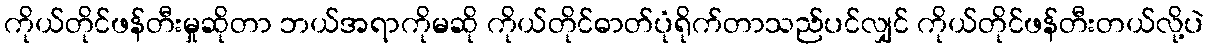
ကိုယ်တိုင်ဖန်တီးမှုဆိုတာ ဘယ်အရာကိုမဆို ကိုယ်တိုင်ဓာတ်ပုံရိုက်တာသည်ပင်လျှင် ကိုယ်တိုင်ဖန်တီးတယ်လို့ပဲ